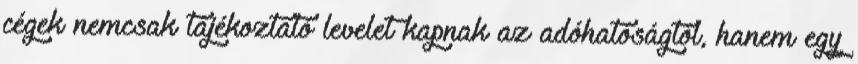
cégek nemcsak tájékoztató levelet kapnak az adóhatóságtól, hanem egy